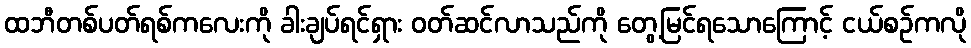
ထဘီတစ်ပတ်ရစ်ကလေးကို ခါးချပ်ရင်ရှား ဝတ်ဆင်လာသည်ကို တွေ့မြင်ရသောကြောင့် ငယ်စဉ်ကလို